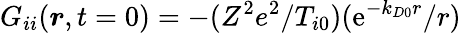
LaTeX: G_{ii}(\boldsymbol{r},t=0)=-(Z^{2}e^{2}/T_{i0})(\mathrm{e}^{-k_{D0}r}/r)